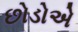
છોડોએ